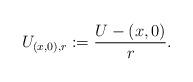
LaTeX: \begin{align*} U_{(x, 0), r} := \frac{U - (x, 0)}{r}.\end{align*}